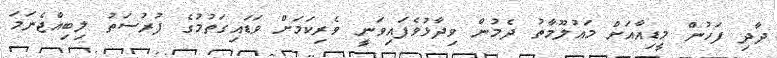
ދާދި ފަހުން މީޑިއާއަށް މައުލޫމާތު ދެމުން ވިދާޅުވެފައިވަނީ ވެރިކަމަށް ވަޑައިގަތުމުގެ ފުރުސަތު ލިބިއްޖެނަމަ